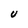
Character: U